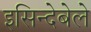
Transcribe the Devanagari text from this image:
इसिन्देबेले